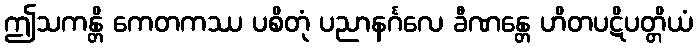
ဤသကန္တိ ကေတကဿ ပစိတုံ ပညာနင်္ဂလေ ခီဏန္တေ ဟိတပဋိပတ္တိယံ